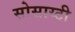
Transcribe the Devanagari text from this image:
सोसाय्टी